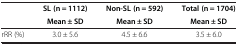
|  | SL (n = 1112) | Non-SL (n = 592) | Total (n = 1704) |
 |  | Mean ± SD | Mean ± SD | Mean ± SD |
 | --- | --- | --- | --- |
 | rRR (%) | 3.0 ± 5.6 | 4.5 ± 6.6 | 3.5 ± 6.0 |